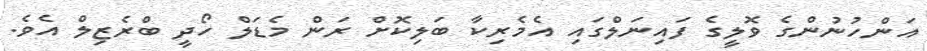
އަންހުނުންގެ ވޮލީގެ ފައިނަލްގައި އެމެރިކާ ބަލިކޮށް ރަން މެޑަލް ހޯދީ ބްރެޒިލް އެވެ.